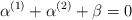
\begin{align*}\alpha^{(1)}+\alpha^{(2)}+ \beta=0\end{align*}